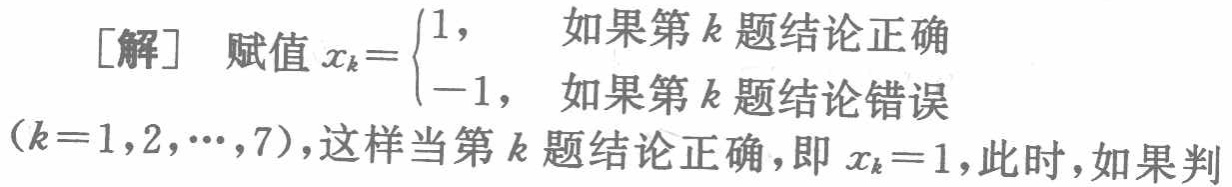
[解] 赋值 \(x_{k}=

\begin{cases}

1, & \text{如果第 }k\text{ 题结论正确} \\

-1, & \text{如果第 }k\text{ 题结论错误}

\end{cases}\)

\((k = 1,2,\cdots,7)\)，这样当第 \(k\) 题结论正确，即 \(x_{k}=1\)，此时，如果判